Lunatic asylums Madras 1892-1911 - 1892-1911
Year: 1892
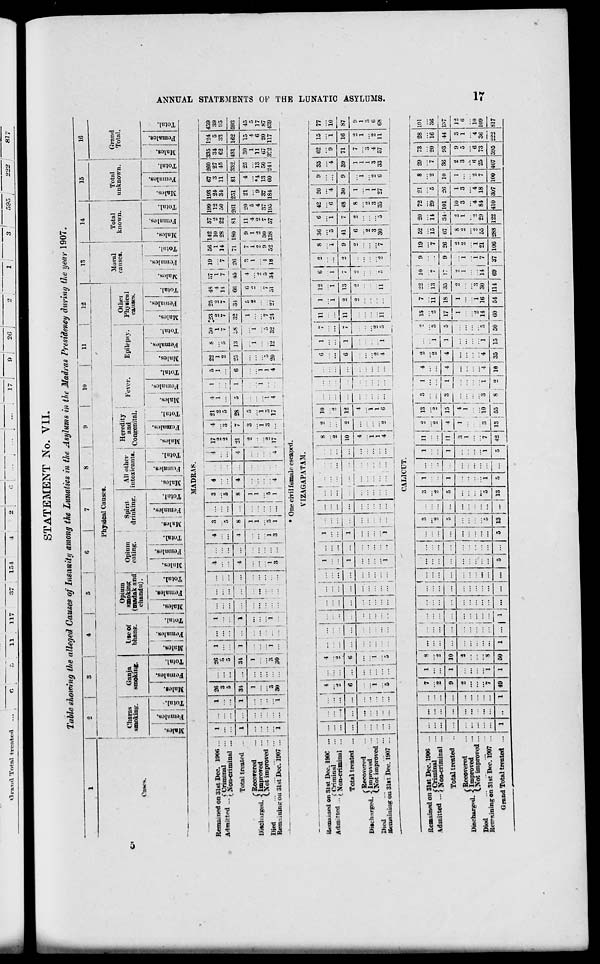
GtcmnA Total ti-oatea
STATEMENT No. VII.
Table showing the alleged Causes of Insanity among the Lunaties in the Asylums in the Madras Presidency during the year 1907.
10
11
12
Physical Causes.
Ci
Charas
Ganja
Owe*.
smoking. • smoking.
)
.
m
c
"Z
•
: -
5
l« ft 0 S3 g | o
Lseoi
bhang.
Opium
smoking
(madak and
chandu}.
Opium
eating.
Spirit
drinking.
5 I a i-s I S
S I s a
S3 ift ! § jS3
i B
a
. I -
S i c ! -
o i c
SH I H i S3 i ft ; H
e« : ,S
S3 i ft
All other
intoxicants.
Heredity
and
Congenital.
Fever.
Other
Epilepsy. | Physical
causes.
13
H
15
16
Moral
causes.
;2 i |
.3 I 3 1 I
tc
CJ
3
X
rt
a ~ "5
eS
o
o
P
O
ft H
1* H
j f 5 53 I 5
s i i
P>. ■ ft t H
Total
known.
S
Total
unknown.
Grand
i
Total.
c
» ! "3
S3 ft
c
MADRAS.
Remained on 31st Dec. 1906 ...
1
1 •26 ... 26
1 ... i i ... i ... ...
i
*l 3
3
.1... 1 17 4 21 * i 5 22 8 SO 23 25 48 37 19 56 142 57 199 193 67 260 335 134 459
- - — -
f Criminal
Adimtt-od
\ Vmt miiJBri ...
S ... 1 S j ... ... ...
1
...
.>
a I ... 1 1 ... | 1 2 2 4 1
1 10
12 24
3 27 3i
o 39
... ... 5 ... 1 5 i
... !
... J ... • ...
...
1
5
... 5 ... | ... ... , 2 3 5
l
6
2
25
5 1 7 7
13 IS 32
7
17
14
66
7
45
7
26
14 28 22
81
50
261
34 11 45 62 33 95
Total treated ...
1
1 M ... 1 31 1 ... ' 1 ... |
4 ... 4 8 ... 8 J... •1 j 21 7 : 28 s
71 180
251 81 332 431 162 593
(Recovered
1
... : 1
!
1
1
1
... i ...
g
6 ■
;>
...
1
5
« 4 ?, 7 9 11 20 21 4 25 30 15 45
Discharged. ■} Improved
' ... i .. ... ; ...
i
i
...
1 ... 1 ... I ... ... | ... ... I ...
...
1
1 ...
2
2 ... 1
i
1
4
5
... ... 1 .i 5
(.Not improved ...
. ... 1 ... ■
! .
.. ' ... ; ..
... ... ... i ...
i
1
1
i
1
■2
2
2
2
4
9 *4 13 11
6 17
Died
3
S
1
...
1
1
... , 1
5 ... 5
a
3
.-i
i
1
5 ...
5 ' 7 ... 7 5 i 9 30 7 37 37 13 50 07 20 87
Kf::, .:iii.-' on 31st Dec. 1907 ...
1 ...
1 30 ... '30 , ...
3 ... j 3 1 ... 1 4 . ... * , 17 ... ! 17 •t
4
20 12 32 , 24 * 51 34 18 52 138 57 195 184 60 241 3C2 117 439
* One civil female escaped.
VIZAGAPATAM.
ilemuiiied on 31st Dec. 190C ,
.j^..^
(Criminal
Admitted •^on.criminal
Total treated
( Recovered
Discharged. -2 Improved
(.Not improved
Died
Kemainiiig on 31st Dec. 1907
4
4 ...
...
.... ... ^
2
...
...
6 JZJ •_!_
... i i h ::: :::
...
...
...
t
i
1
:::
... ...
...
:::
i
...
i
... | i : ;::
i
...
...
...
...
i
...
. t ...
... | i | ...
...
... ... j
!
8
2 i 10
... "i :::; ;*
... 10 2 ! 12
... 4 ... i 4
i
I
4
\
6
1
7 11
1
12
6
i i 1
6
1
11
2 13
7
2
2
o
i
" 2
4
i
*2
5 11
11
... i
..
•-!
i
36
6 42 26
9 35 62 15
5
i 7; 4
'i 9 "i
41
7 18 30
9 39 71 16
6
2
8
1
1
7
0
1
1
1
2
o
1
1
3
3
3
1
•> 3 4 2
30
8 35 27
6 33 57 11
77
87
9
1
3
6
68
CALICUT.
Remained on Slst Dec. 1906
...
(Criminal
Admitted ... I Non.eriminnl
Total treated
( Recovered
Discharged. \ Improved
l>ot improved
Redlining on 31st Dec. 1907
Grand Total treated
49
10
u
I •••
1 i
.. I ...
5|...
— I
13
1
13
11
II
2 ! 13
... ! ... I
2
21
_ —
4 i 15
3
1
1
4
1
-7
3 io
42 13 55
i
1 ! 4
2 ...
... "0
...
1
1
4
4 _}_<
15
1
5 14
2 I 19 i 36 I 15 50 i 60
7
ii
18
1
1
16
22 1 10 ' 9
... i
13 ! 7 ...
35 i:
3 I ...
30 ! 14
19
"7
9 26
54 114 69 37
1
21
106
52 20 72 21
8 29 73 28
15 ii 29 5 2 "7 20 16
67 34- 101 26 10 36
2
93
9
44
3
8
2 10
1
1
a
i
3
3
3
5
1
•> "3 "4 "4 2 6 "e "4
55 29 84 18
7 25 73 36
222
288 122 410 307 100 407 595
101
36
1»7
J2
6
10
109
817
a
tr*
g
-3
W
1—1
&
H
CM
EH
10
H-l
.
Q
-I